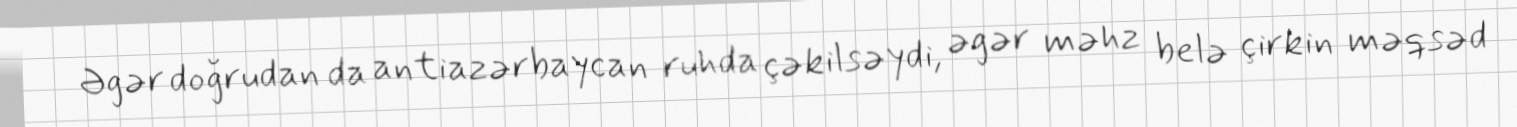
Əgər doğrudan da antiazərbaycan ruhda çəkilsəydi, əgər məhz belə çirkin məqsəd